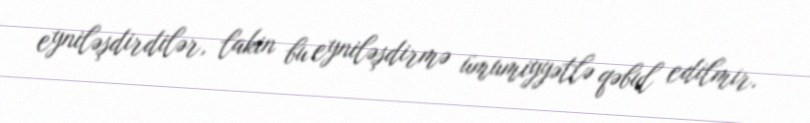
eyniləşdirdilər, lakin bu eyniləşdirmə ümumiyyətlə qəbul edilmir.